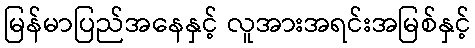
မြန်မာပြည်အနေနှင့် လူအားအရင်းအမြစ်နှင့်